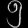
Digit: ၅